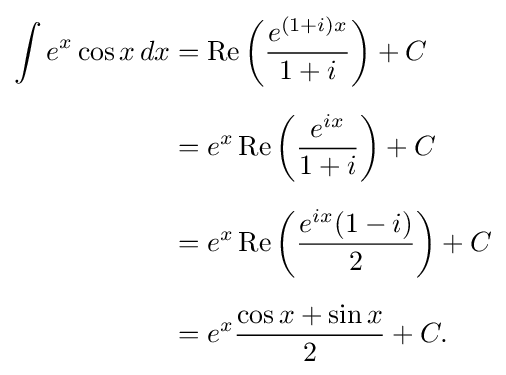
{\begin{aligned}\int e^{x}\cos x\,dx&=\operatorname {Re} \left({\frac {e^{(1+i)x}}{1+i}}\right)+C\\[6pt]&=e^{x}\operatorname {Re} \left({\frac {e^{ix}}{1+i}}\right)+C\\[6pt]&=e^{x}\operatorname {Re} \left({\frac {e^{ix}(1-i)}{2}}\right)+C\\[6pt]&=e^{x}{\frac {\cos x+\sin x}{2}}+C.\end{aligned}}